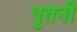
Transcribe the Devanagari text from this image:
पुतनी